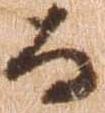
る